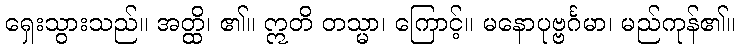
ရှေးသွားသည်။ အတ္ထိ၊ ၏။ ဣတိ တသ္မာ၊ ကြောင့်။ မနောပုဗ္ဗင်္ဂမာ၊ မည်ကုန်၏။